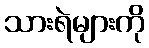
သားရဲများကို